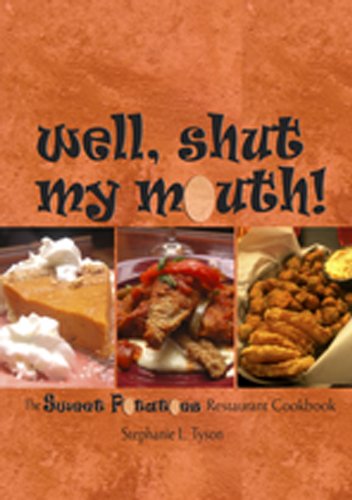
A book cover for Well, Shut My Mouth!: The Sweet Potatoes Restaurant Cookbook; Stephanie L. Tyson; Cookbooks, Food & Wine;